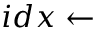
i d x \gets